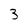
Character: 3